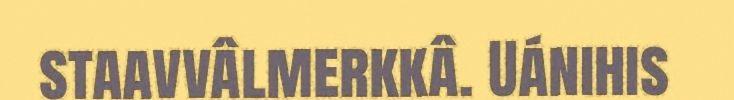
staavvâlmerkkâ. Uánihis